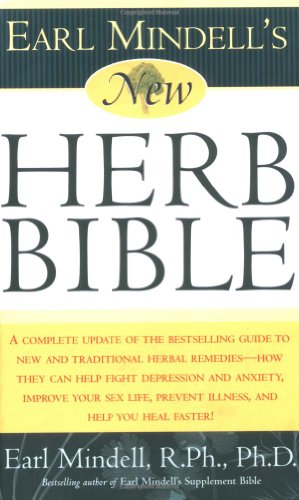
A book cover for Earl Mindell's New Herb Bible: A complete update of the bestselling guide to new and traditional herbal remedies - how they can help fight depression ... prevent illness, and help you heal faster!; Ph.D. Earl Mindell Ph.D.; Health, Fitness & Dieting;